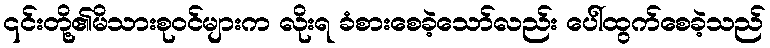
၎င်းတို့၏မိသားစုဝင်များက လိုးရ ခံစားစေခဲ့သော်လည်း ပေါ်ထွက်စေခဲ့သည်